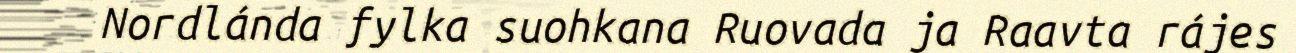
Nordlánda fylka suohkana Ruovada ja Raavta rájes